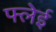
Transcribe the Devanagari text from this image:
फ्लेई